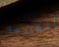
القادمه